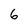
Character: 6